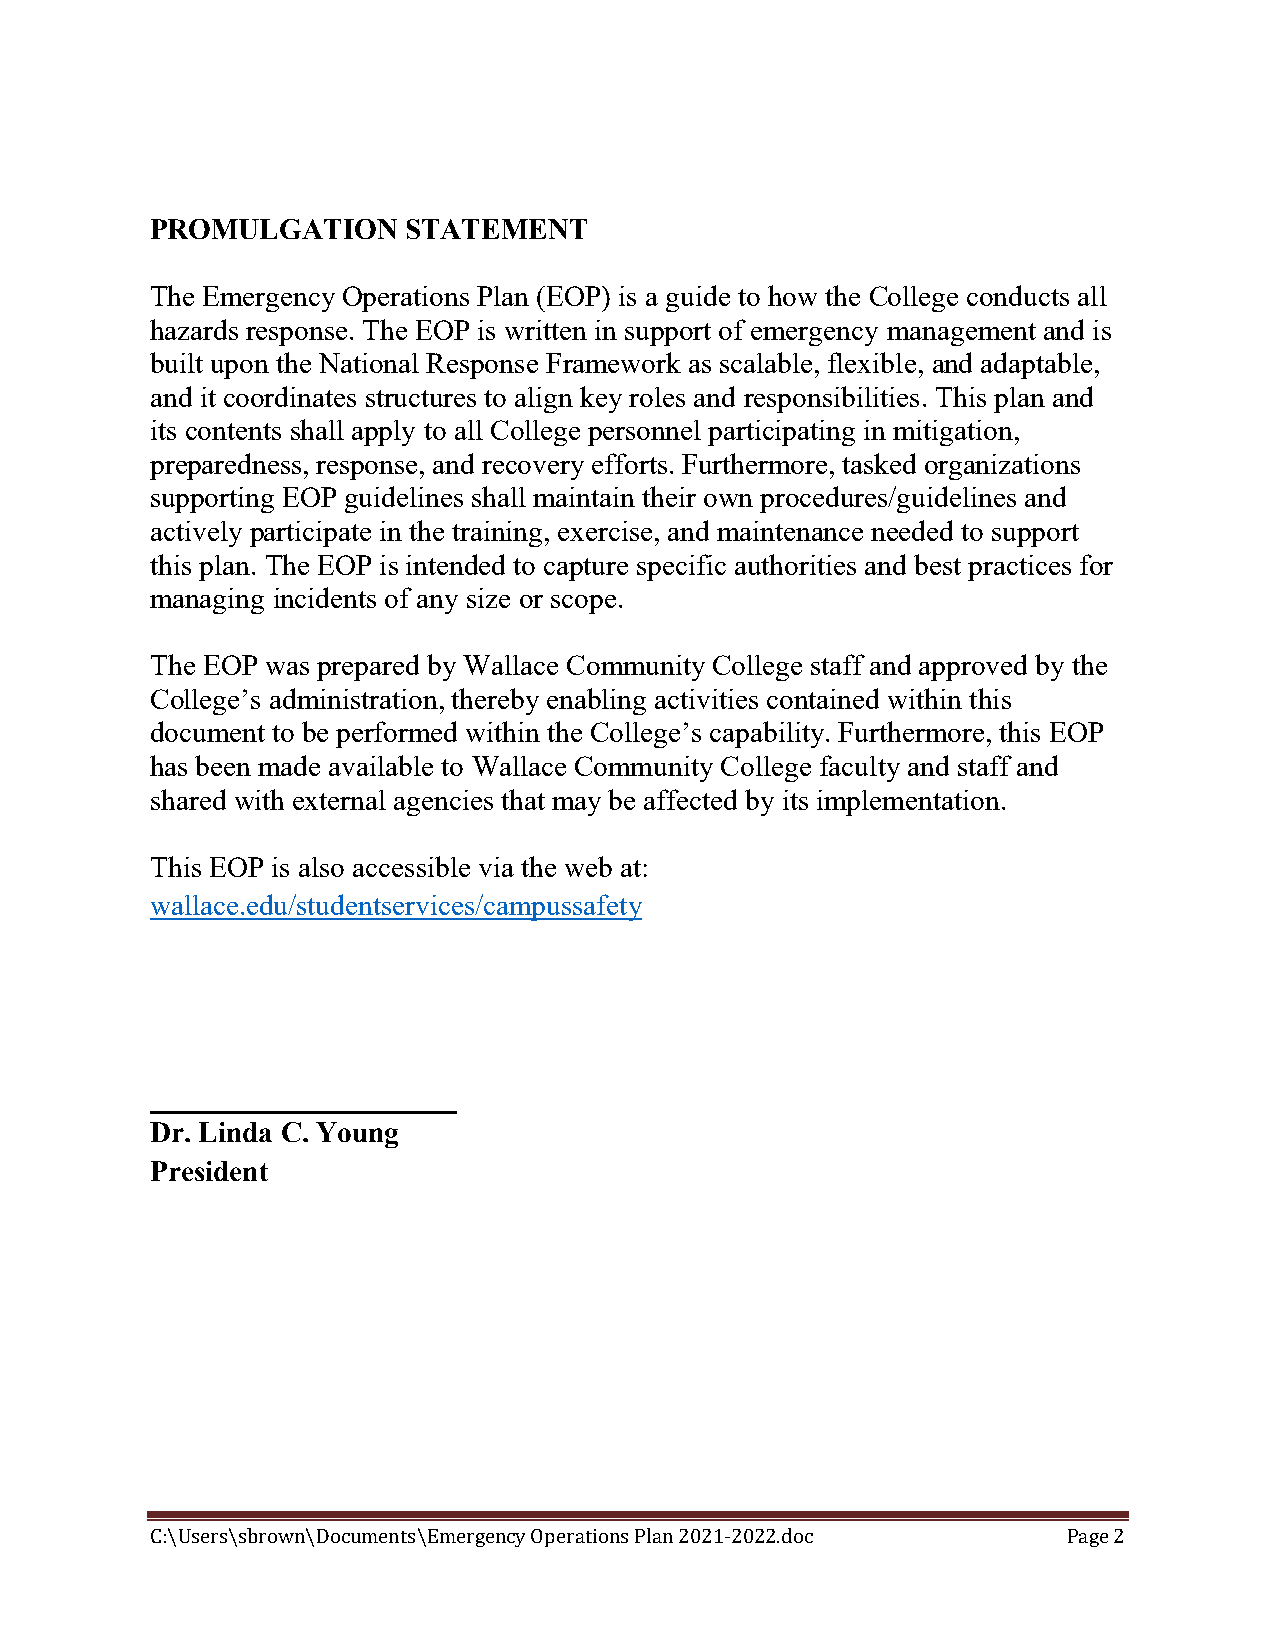
PROMULGATION     STATEMENT
 The Emergency Operations Plan (EOP) is a guide to how the College conducts all
 hazards response. The EOP is written in support of emergency management and is
 built upon the National Response Framework as scalable, flexible, and adaptable,
 and it coordinates structures to align key roles and responsibilities. This plan and
 its contents shall apply to all College personnel participating in mitigation,
 preparedness, response, and recovery efforts. Furthermore, tasked organizations
 supporting EOP guidelines shall maintain their own procedures/guidelines and
 actively participate in the training, exercise, and maintenance needed to support
 this plan. The EOP is intended to capture specific authorities and best practices for
 managing incidents of any size or scope.
 The EOP was prepared by Wallace Community College staff and approved by the
 College’s administration, thereby enabling activities contained within this
 document to be performed within the College’s capability. Furthermore, this EOP
 has been made available to Wallace Community College faculty and staff and
 shared with external agencies that may be affected by its implementation.
 This EOP is also accessible via the web at:
 wallace.edu/studentservices/campussafety
 _____________________
 Dr. Linda C. Young
 President
 C:\Users\sbrown\Documents\Emergency Operations Plan 2021-2022.doc Page 2